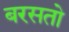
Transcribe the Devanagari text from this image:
बरसतो